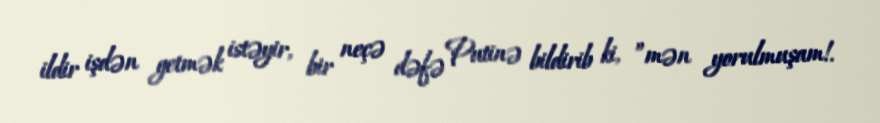
ildir işdən getmək istəyir, bir neçə dəfə Putinə bildirib ki, ”mən yorulmuşam!.